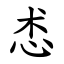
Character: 怸